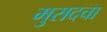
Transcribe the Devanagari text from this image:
मुरादचा